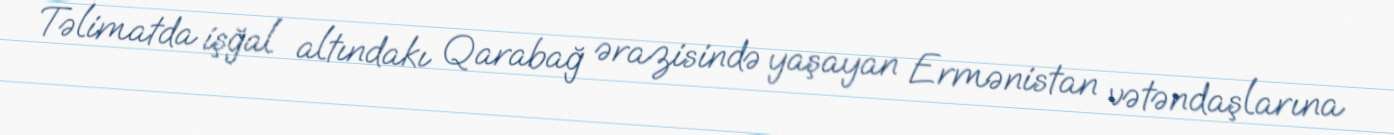
Təlimatda işğal altındakı Qarabağ ərazisində yaşayan Ermənistan vətəndaşlarına